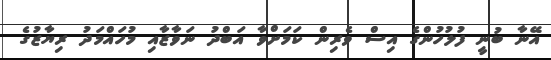
އޭނާ ބުނީ ފުލުހުންގެ އިސް ވެރިން ކަމަށްވާ އަބްދު ނަވާޒާއި މުހައްމަދު ރިޔާޒުގެ